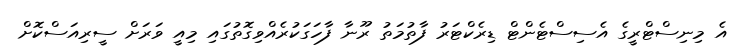
އެ މިނިސްޓްރީގެ އެސިސްޓެންޓް ޑިރެކްޓަރު ފާތުމަތު ރޫނާ ފާހަގަކުރެއްވިގޮތުގައި މިއީ ވަރަށް ސީރިއަސްކޮށް